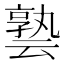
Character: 𪜟